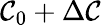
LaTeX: \mathcal{C}_{0}+\Delta\mathcal{C}